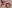
Text: x0